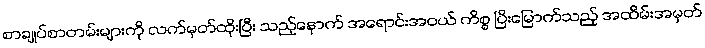
စာချုပ်စာတမ်းများကို လက်မှတ်ထိုးပြီး သည့်နောက် အရောင်းအဝယ် ကိစ္စ ပြီးမြောက်သည့် အထိမ်းအမှတ်